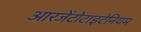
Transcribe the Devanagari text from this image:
आरजेंटोटाइटेनियम